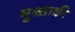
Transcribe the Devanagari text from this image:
मुश्ताकी